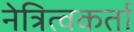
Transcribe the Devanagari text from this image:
नेत्रित्वकर्ता